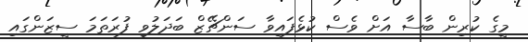
މީގެ ކުރިން ބާސާ އަށް ވެސް ކުޅެފައިވާ ސަންޗޭޒް ބަދަލުވި ފުރަތަމަ ސީޒަންގައި